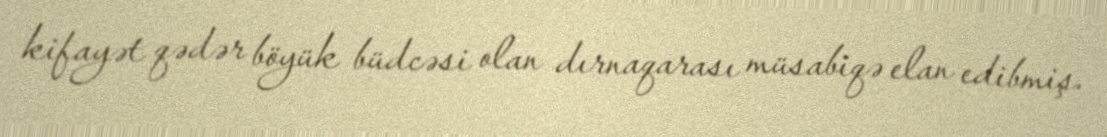
kifayət qədər böyük büdcəsi olan dırnaqarası müsabiqə elan edibmiş.